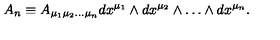
A _ { n } \equiv A _ { \mu _ { 1 } \mu _ { 2 } \ldots \mu _ { n } } d x ^ { \mu _ { 1 } } \wedge d x ^ { \mu _ { 2 } } \wedge \ldots \wedge d x ^ { \mu _ { n } } .